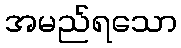
အမည်ရသော